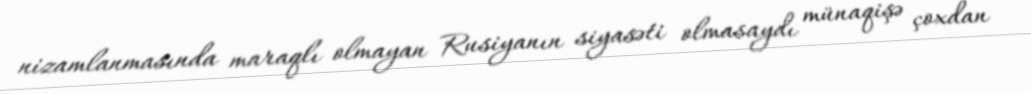
nizamlanmasında maraqlı olmayan Rusiyanın siyasəti olmasaydı münaqişə çoxdan